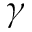
\gamma